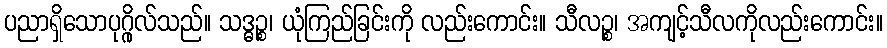
ပညာရှိသောပုဂ္ဂိုလ်သည်။ သဒ္ဓဉ္စ၊ ယုံကြည်ခြင်းကို လည်းကောင်း။ သီလဉ္စ၊ အကျင့်သီလကိုလည်းကောင်း။